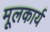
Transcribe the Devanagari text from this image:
मूलकार्य